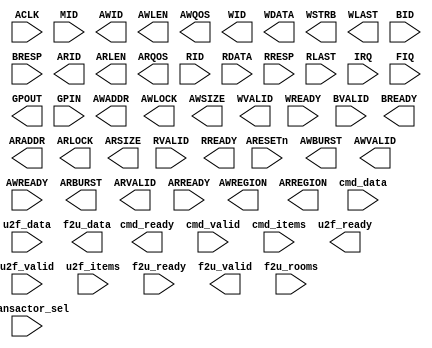
`ifdef VIVADO
`define DBG_TRX_AXI (* mark_debug="true" *)
`else
`define DBG_TRX_AXI
`endif
(* black_box *) module trx_axi // only for 32-bit address, 32-bit data, 4-bit id
(
                    input  wire                     ARESETn
     ,              input  wire                     ACLK
     , `DBG_TRX_AXI input  wire [ 3:0]              MID // master id
     //-------------------------------------------------------------------------
     , `DBG_TRX_AXI output wire [ 3:0]              AWID
     , `DBG_TRX_AXI output wire [31:0]              AWADDR
     , `DBG_TRX_AXI output wire [ 7:0]              AWLEN
     , `DBG_TRX_AXI output wire                     AWLOCK
     , `DBG_TRX_AXI output wire [ 2:0]              AWSIZE
     , `DBG_TRX_AXI output wire [ 1:0]              AWBURST
   //`ifdef AMBA_AXI_CACHE
   //,              output wire [ 3:0]              AWCACHE
   //`endif
   //`ifdef AMBA_AXI_PROT
   //,              output wire [ 2:0]              AWPROT
   //`endif
     , `DBG_TRX_AXI output wire                     AWVALID
     , `DBG_TRX_AXI input  wire                     AWREADY
     ,              output wire [ 3:0]              AWQOS
     ,              output wire [ 3:0]              AWREGION
     //-------------------------------------------------------------------------
     , `DBG_TRX_AXI output wire [ 3:0]              WID
     , `DBG_TRX_AXI output wire [31:0]              WDATA
     , `DBG_TRX_AXI output wire [ 3:0]              WSTRB
     , `DBG_TRX_AXI output wire                     WLAST
     , `DBG_TRX_AXI output wire                     WVALID
     , `DBG_TRX_AXI input  wire                     WREADY
     //-------------------------------------------------------------------------
     , `DBG_TRX_AXI input  wire [ 3:0]  BID
     , `DBG_TRX_AXI input  wire [ 1:0]              BRESP
     , `DBG_TRX_AXI input  wire                     BVALID
     , `DBG_TRX_AXI output wire                     BREADY
     //-------------------------------------------------------------------------
     , `DBG_TRX_AXI output wire [ 3:0]              ARID
     , `DBG_TRX_AXI output wire [31:0]              ARADDR
     , `DBG_TRX_AXI output wire [ 7:0]              ARLEN
     , `DBG_TRX_AXI output wire                     ARLOCK
     , `DBG_TRX_AXI output wire [ 2:0]              ARSIZE
     , `DBG_TRX_AXI output wire [ 1:0]              ARBURST
   //`ifdef AMBA_AXI_CACHE
   //,              output wire [ 3:0]              ARCACHE
   //`endif
   //`ifdef AMBA_AXI_PROT
   //,              output wire [ 2:0]              ARPROT
   //`endif
     , `DBG_TRX_AXI output wire                     ARVALID
     , `DBG_TRX_AXI input  wire                     ARREADY
     ,              output wire [ 3:0]              ARQOS
     ,              output wire [ 3:0]              ARREGION
     //-------------------------------------------------------------------------
     , `DBG_TRX_AXI input  wire [ 3:0]              RID
     , `DBG_TRX_AXI input  wire [31:0]              RDATA
     , `DBG_TRX_AXI input  wire [ 1:0]              RRESP
     , `DBG_TRX_AXI input  wire                     RLAST
     , `DBG_TRX_AXI input  wire                     RVALID
     , `DBG_TRX_AXI output wire                     RREADY
     //-------------------------------------------------------------------------
     , `DBG_TRX_AXI input  wire                     IRQ
     , `DBG_TRX_AXI input  wire                     FIQ
     , `DBG_TRX_AXI output wire [ 15:0]             GPOUT
     , `DBG_TRX_AXI input  wire [ 15:0]             GPIN
     //-------------------------------------------------------------------------
     , `DBG_TRX_AXI input   wire  [ 3:0]  transactor_sel
     , `DBG_TRX_AXI output  wire          cmd_ready
     , `DBG_TRX_AXI input   wire          cmd_valid
     , `DBG_TRX_AXI input   wire  [31:0]  cmd_data 
     , `DBG_TRX_AXI input   wire  [15:0]  cmd_items
     , `DBG_TRX_AXI output  wire          u2f_ready
     , `DBG_TRX_AXI input   wire          u2f_valid
     , `DBG_TRX_AXI input   wire  [31:0]  u2f_data   // justified data
     , `DBG_TRX_AXI input   wire  [15:0]  u2f_items
     , `DBG_TRX_AXI input   wire          f2u_ready 
     , `DBG_TRX_AXI output  wire          f2u_valid
     , `DBG_TRX_AXI output  wire  [33:0]  f2u_data // justified data
     , `DBG_TRX_AXI input   wire  [15:0]  f2u_rooms 
);
// synthesis attribute box_type trx_axi "black_box"
endmodule